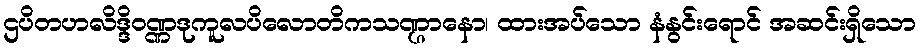
ဌပိတဟလိဒ္ဒိဝဏ္ဏဒုကူလပိလောတိကသဏ္ဌာနော၊ ထားအပ်သော နံနွင်းရောင် အဆင်းရှိသော